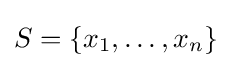
S=\{x_{1},\ldots ,x_{n}\}